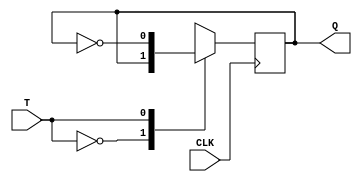
`timescale 1ns / 1ps
//////////////////////////////////////////////////////////////////////////////////
// Company: 
// Engineer: 
// 
// Design Name: 
// Module Name: T_FF
// Project Name: 
// Target Devices: 
// Tool Versions: 
// Description: 
// 
// Dependencies: 
// 
// Revision:
// Revision 0.01 - File Created
// Additional Comments:
// 
//////////////////////////////////////////////////////////////////////////////////


module T_FF(Q,T,CLK);
input T,CLK;
output reg Q;
initial Q=1;
always @(posedge CLK)
case(T)
0: Q = Q;
1: Q = ~Q;
endcase
endmodule